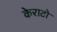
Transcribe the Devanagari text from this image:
केराटो